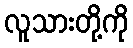
လူသားတို့ကို